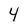
Character: 4